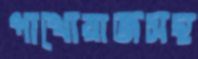
পাখোয়াজসহ